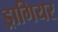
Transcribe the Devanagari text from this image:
ड्रागियर